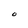
Character: O